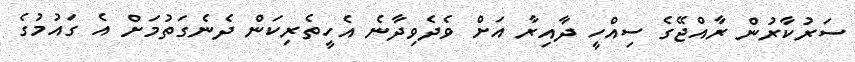
ސަރުކާރުން ރާއްޖޭގެ ސިއްހީ ދާއިރާ އަށް ވެދެވިދާނެ އެހީތެރިކަން ދެނެގަތުމަށް އެ ގައުމުގެ